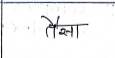
मजकूर: तैसा